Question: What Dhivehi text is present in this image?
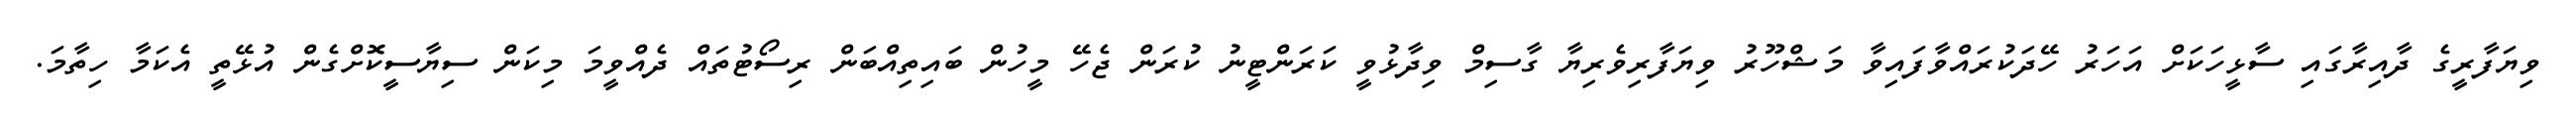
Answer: ވިޔަފާރީގެ ދާއިރާގައި ސާޅީހަކަށް އަހަރު ހޭދަކުރައްވާފައިވާ މަޝްހޫރު ވިޔަފާރިވެރިޔާ ގާސިމް ވިދާޅުވީ ކަރަންޓީނު ކުރަން ޖެހޭ މީހުން ބައިތިއްބަން ރިސޯޓުތައް ދެއްވީމަ މިކަން ސިޔާސީކޮށްގެން އުޅޭތީ އެކަމާ ހިތާމަ.